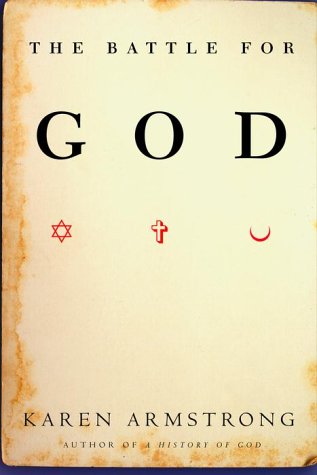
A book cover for The Battle for God; Karen Armstrong; Religion & Spirituality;